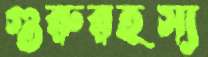
গুরুরহস্য